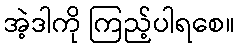
အဲ့ဒါကို ကြည့်ပါရစေ။